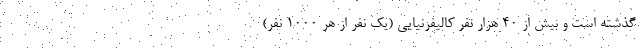
گذشته است و بیش از 40 هزار نفر کالیفرنیایی (یک نفر از هر 1000 نفر)